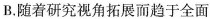
B.随着研究视角拓展而趋于全面